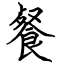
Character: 餐